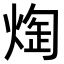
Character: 𭵖